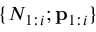
\{ N _ { 1 : i } ; \mathbf { p } _ { 1 : i } \}